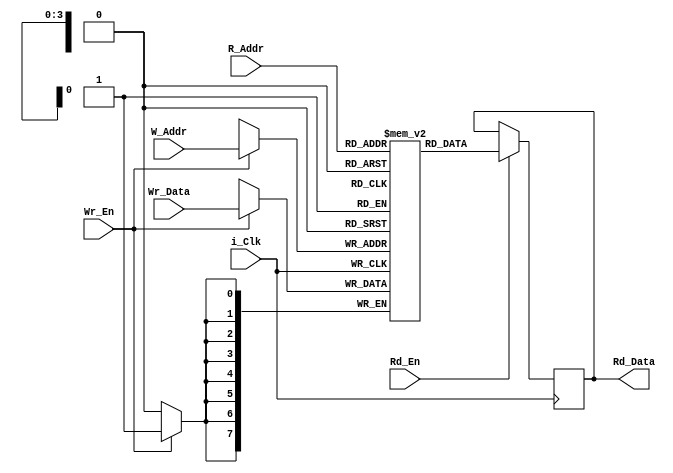
//`include "Mem_Init.txt";
//comment out include and initial line for synth
module BRAM
#(parameter Data_Width = 8, 
parameter Addr_Width = 4,
parameter INIT_FILE = "Mem_Init.txt")
(input i_Clk, 
input Wr_En,  
input Rd_En,
input [Addr_Width-1:0] W_Addr,
input [Addr_Width-1:0] R_Addr,
input [Data_Width-1:0] Wr_Data,
output reg [Data_Width-1:0] Rd_Data);
 
 
  reg [Data_Width-1:0] Mem [0:(2**Addr_Width)-1];

	always @(posedge i_Clk)
	begin 
		if (Wr_En == 1'b1)
		begin 
		Mem[W_Addr] <= Wr_Data;
		end 
		if (Rd_En == 1'b1)
		begin
		Rd_Data <= Mem[R_Addr];
		end 
	end 
	
	//initial if (INIT_FILE)
	//begin 
      //$readmemh(INIT_FILE, Mem);
	//end 
	
	endmodule